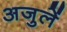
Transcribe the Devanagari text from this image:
अजुलें